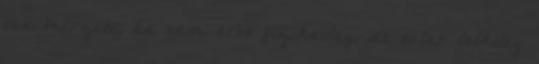
van önérzete, ha nem erős fizikailag, de talán lelkileg